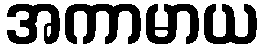
အကာမာယ